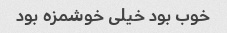
خوب بود خیلی خوشمزه بود